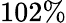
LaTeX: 102\%